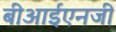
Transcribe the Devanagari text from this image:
बीआईएनजी